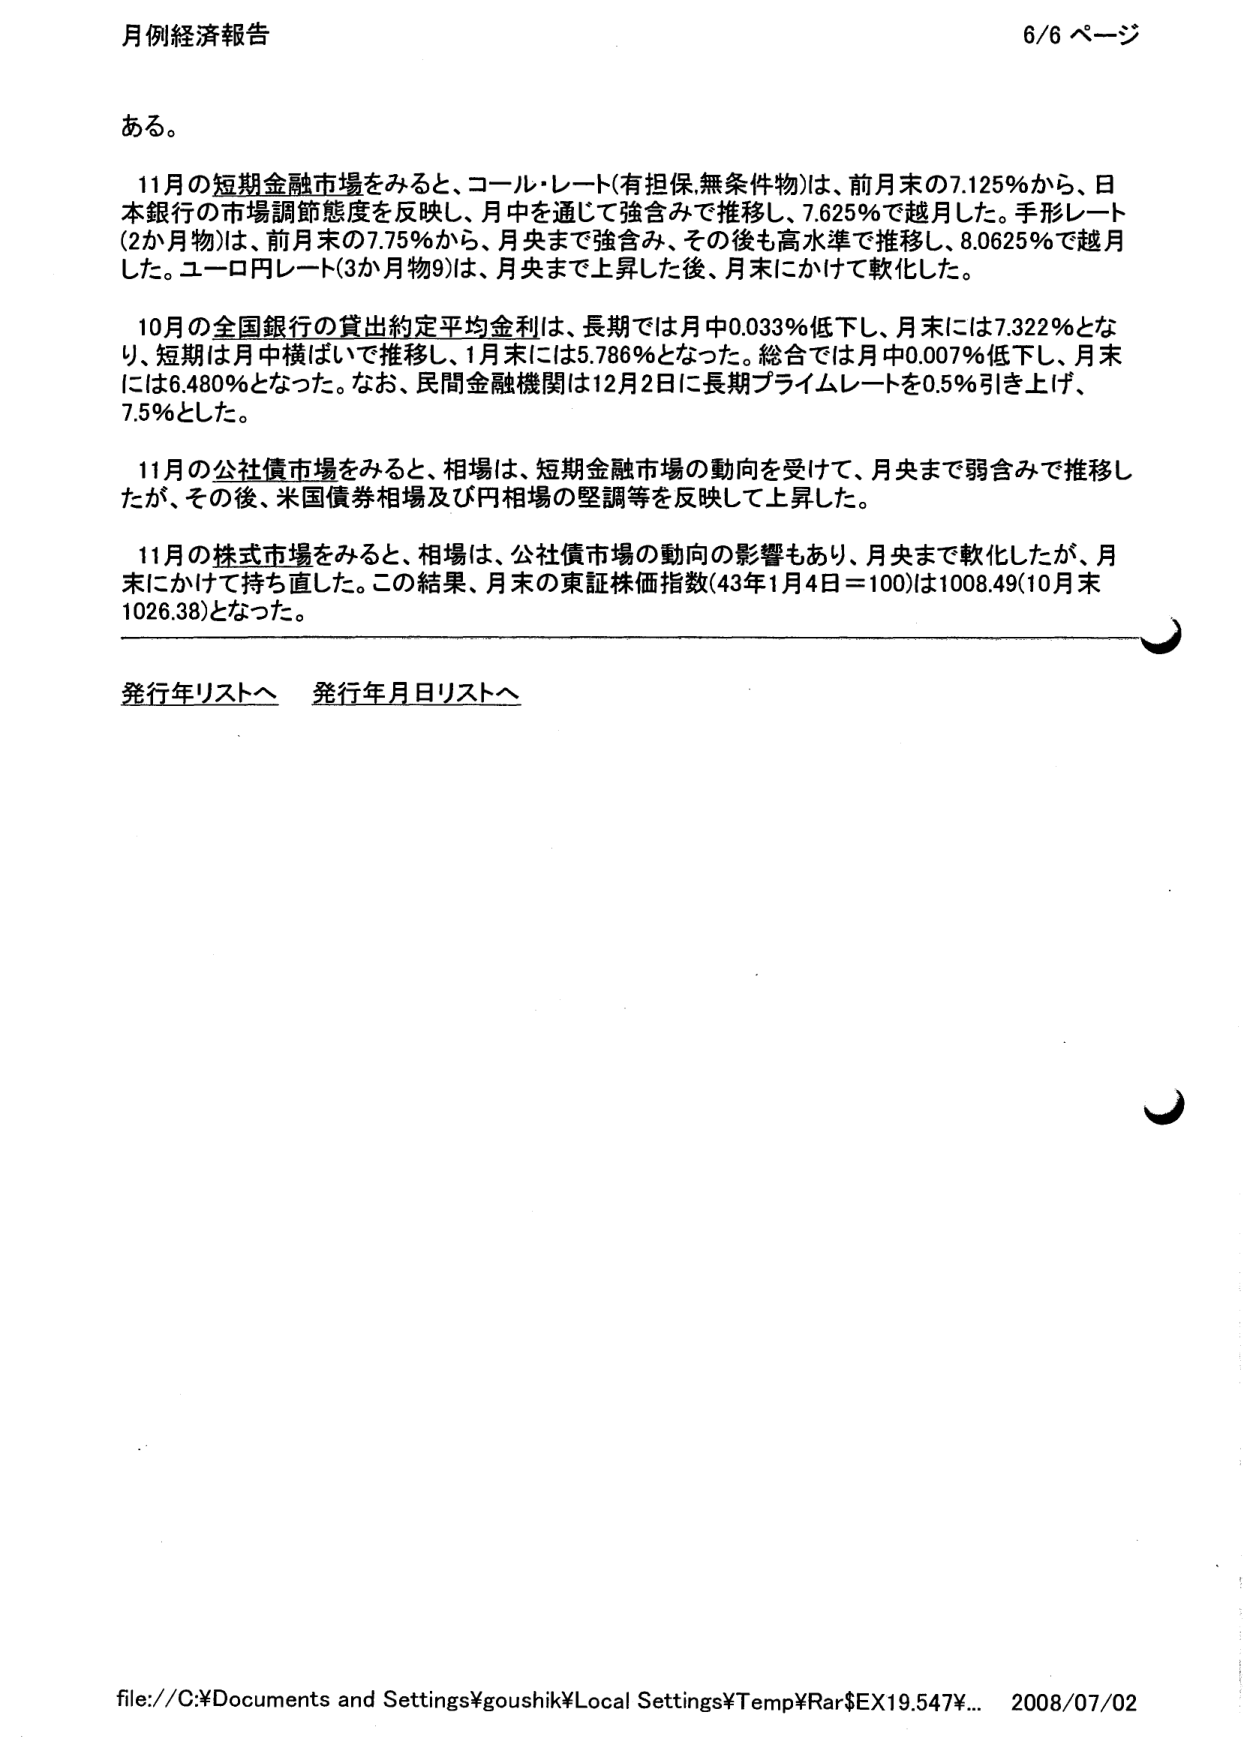
月例経済報告 6/6 ページ

ある。

11月の短期金融市場をみると、コール・レート（有担保・無条件物）は、前月末の7.125％から、日本銀行の市場調節態度を反映し、月中を通じて強含みで推移し、7.625％で越月した。手形レート（2か月物）は、前月末の7.75％から、月央まで強含み、その後も高水準で推移し、8.0625％で越月した。ユーロ円レート（3か月物9）は、月央まで上昇した後、月末にかけて軟化した。

10月の全国銀行の貸出約定平均金利は、長期では月中0.033％低下し、月末には7.322％となり、短期は月中横ばいで推移し、1月末には5.786％となった。総合では月中0.007％低下し、月末には6.480％となった。なお、民間金融機関は12月2日に長期プライムレートを0.5％引き上げ、7.5％とした。

11月の公社債市場をみると、相場は、短期金融市場の動向を受けて、月央まで弱含みで推移したが、その後、米国債券相場及び円相場の堅調等を反映して上昇した。

11月の株式市場をみると、相場は、公社債市場の動向の影響もあり、月央まで軟化したが、月末にかけて持ち直した。この結果、月末の東証株価指数（43年1月4日＝100）は1008.49（10月末1026.38）となった。

発行年リストへ 発行年月日リストへ

file://C:\Documents and Settings\goushik\Local Settings\Temp\Var$EX19.547\... 2008/07/02